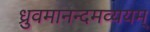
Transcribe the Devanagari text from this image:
ध्रुवमानन्दमव्ययम्